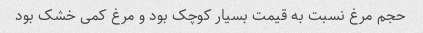
حجم مرغ نسبت به قیمت بسیار کوچک بود و مرغ کمی خشک بود